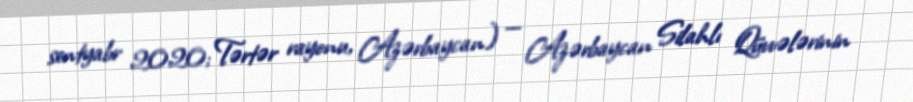
sentyabr 2020; Tərtər rayonu, Azərbaycan) — Azərbaycan Silahlı Qüvvələrinin